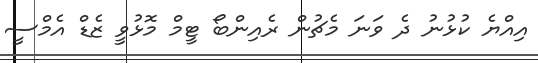
އިއްޔެ ކުޅުނު ދެ ވަނަ މެޗުން ރެއިންބޯ ޓީމް މޮޅުވީ ޒެޑް އެމްސީ